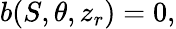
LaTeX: b(S,\theta,z_{r})=0,